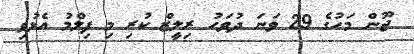
ޖޫން މަހުގެ 29 ވަނަ ދުވަހު ރިލީޒް ކުރި މި ފިލްމު އެޅުވި